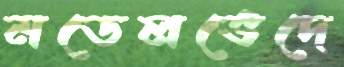
মডেলভেদে